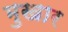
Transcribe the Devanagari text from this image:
मुखार